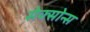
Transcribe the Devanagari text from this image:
सेक्सोन्स